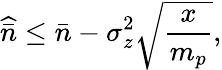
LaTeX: \widehat{\bar{n}}\leq\bar{n}-\sigma_{z}^{2}\sqrt{\frac{x}{m_{p}}},